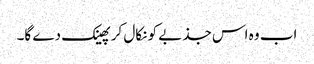
اب وہ اس جذبے کو نکال کر پھینک دے گا۔